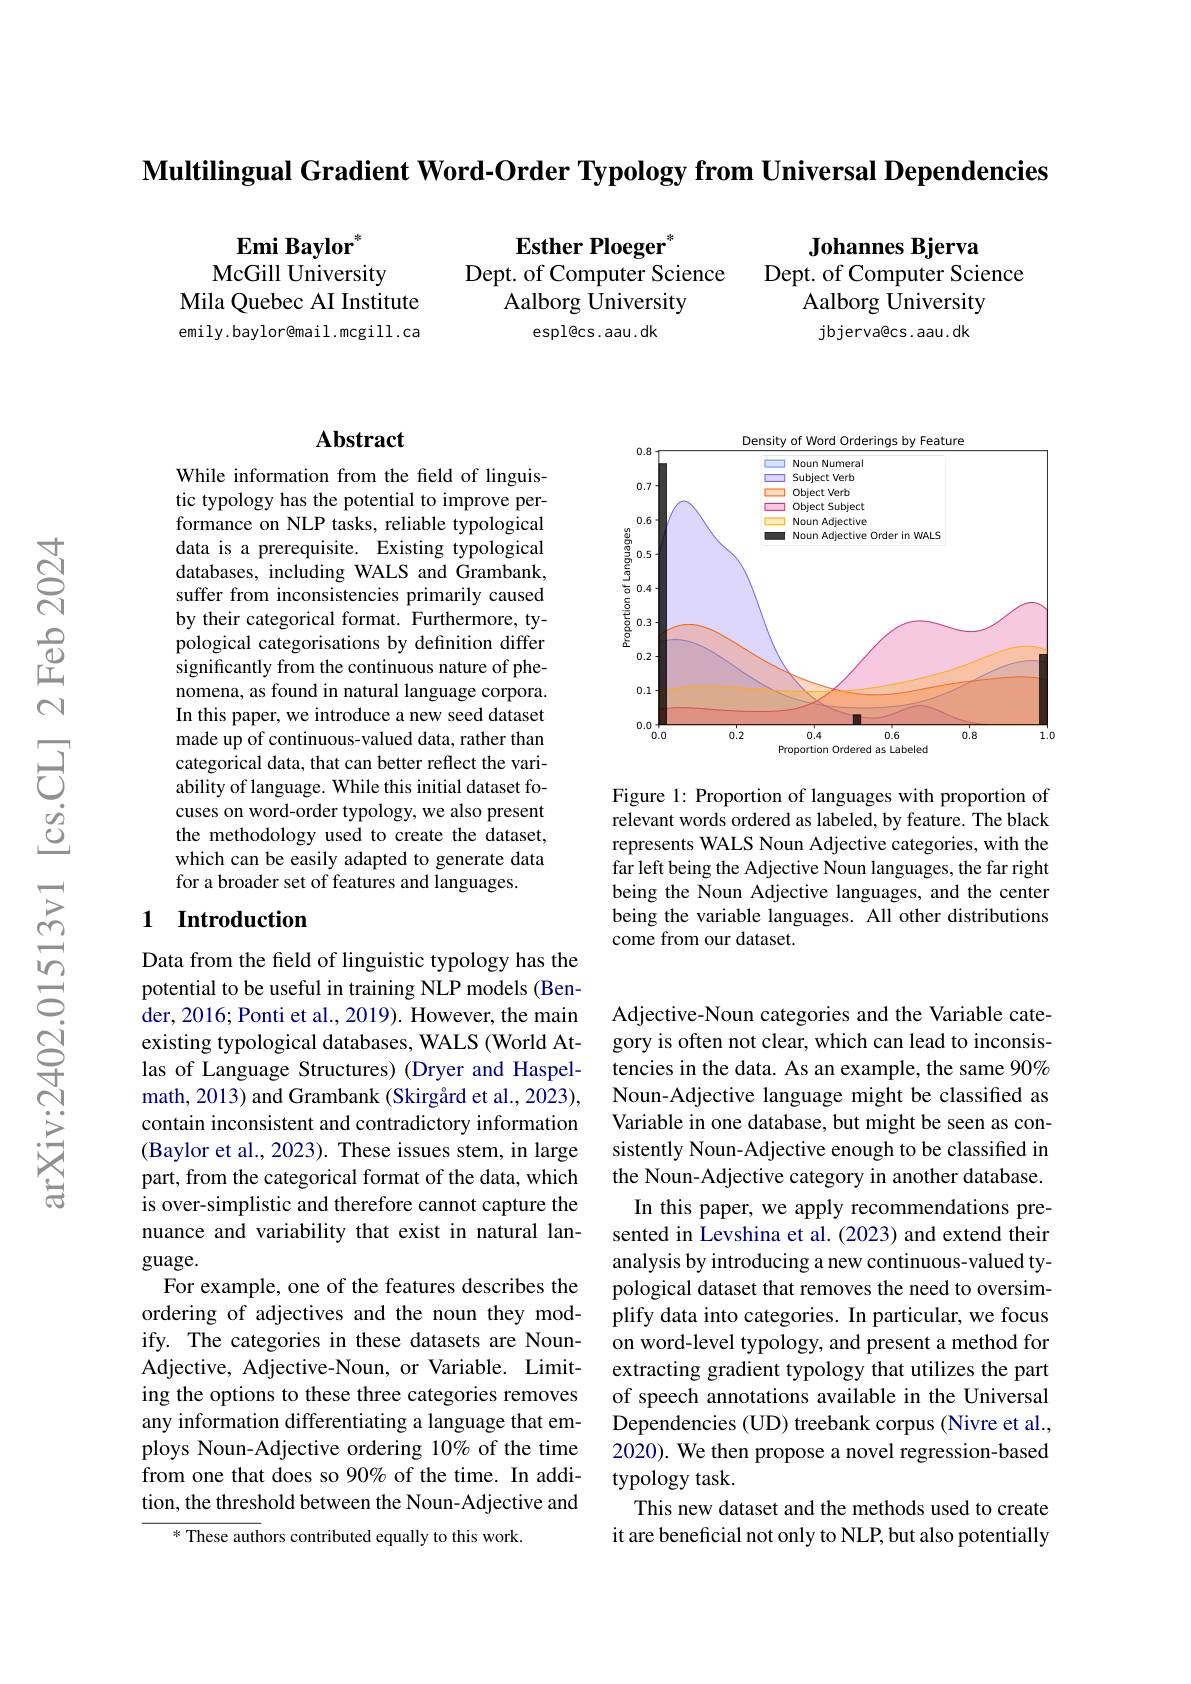
$\textbf{Multilingual Gradient Word- Order Typology from Universal Dependencies}$

Emi Baylor$^*$
McGill University
Mila Quebec AI Institute emily.bayloremail.mcgill.ca

Esther Ploeger"
Dept. of Computer Science
Aalborg University
espl@cs.aau.dk

Johannes Bjerva
Dept. of Computer Science
Aalborg University jbjerva@cs.aau.dk

## Abstract

While information from the field of linguistic typology has the potential to improve performance on NLP tasks, reliable typological data is a prerequisite. Existing typological databases, including WALS and Grambank, suffer from inconsistencies primarily caused by their categorical format. Furthermore, typological categorisations by definition differ significantly from the continuous nature of phenomena, as found in natural language corpora In this paper, we introduce a new seed dataset made up of continuous-valued data, rather than categorical data, that can better reflect the variability of language. While this initial dataset focuses on word-order typology, we also present the methodology used to create the dataset, which can be easily adapted to generate data for a broader set of features and languages.

## 1 Introduction

Data from the field of linguistic typology has the potential to be useful in training NLP models (Bender, 2016; Ponti et al., 2019). However, the main existing typological databases, WALS (World Atlas of Language Structures) (Dryer and Haspelmath, 2013) and Grambank (Skirgård et al., 2023), contain inconsistent and contradictory information (Baylor et al., 2023). These issues stem, in large part, from the categorical format of the data, which is over-simplistic and therefore cannot capture the nuance and variability that exist in natural language.
For example, one of the features describes the ordering of adjectives and the noun they modify. The categories in these datasets are NounAdjective, Adjective-Noun, or Variable. Limiting the options to these three categories removes any information differentiating a language that employs Noun-Adjective ordering 10% of the time from one that does so 90% of the time. In addition, the threshold between the Noun-Adjective and
* These authors contributed equally to this work

<FigureHere>

Figure 1: Proportion of languages with proportion of relevant words ordered as labeled, by feature. The black represents WALS Noun Adjective categories, with the far left being the Adjective Noun languages, the far right being the Noun Adjective languages, and the center being the variable languages. All other distributions come from our dataset.

Adjective-Noun categories and the Variable category is often not clear, which can lead to inconsistencies in the data. As an example, the same 90% Noun-Adjective language might be classified as Variable in one database, but might be seen as consistently Noun-Adjective enough to be classified in the Noun-Adjective category in another database. In this paper, we apply recommendations presented in Levshina et al.(2023) and extend their analysis by introducing a new continuous-valued typological dataset that removes the need to oversimplify data into categories. In particular, we focus on word-level typology, and present a method for extracting gradient typology that utilizes the part of speech annotations available in the Universal Dependencies (UD) treebank corpus (Nivre et al., 2020). We then propose a novel regression-based typology task.
This new dataset and the methods used to create it are beneficial not only to NLP, but also potentially